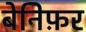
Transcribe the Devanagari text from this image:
बेनिफ़र